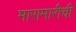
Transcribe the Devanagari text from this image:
मारामारीची